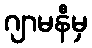
ဂျာမနီမှ